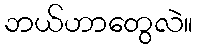
ဘယ်ဟာတွေလဲ။